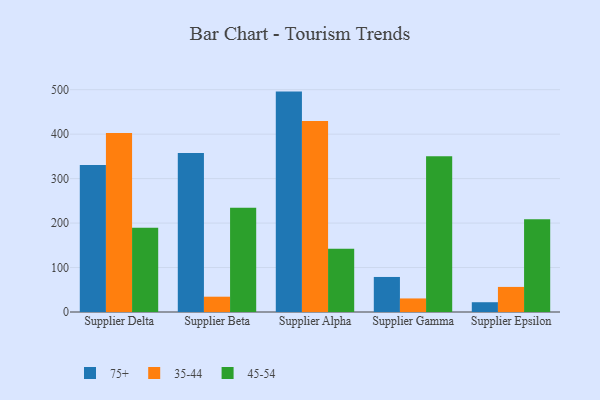
{"axis": {"x": "Supplier", "y": "Active Users"}, "legend": ["35-44", "45-54", "75+"], "data": [{"x": "Supplier Delta", "y": 330.8, "type": "75+"}, {"x": "Supplier Delta", "y": 402.8, "type": "35-44"}, {"x": "Supplier Delta", "y": 189.4, "type": "45-54"}, {"x": "Supplier Beta", "y": 357.7, "type": "75+"}, {"x": "Supplier Beta", "y": 34.4, "type": "35-44"}, {"x": "Supplier Beta", "y": 234.7, "type": "45-54"}, {"x": "Supplier Alpha", "y": 495.7, "type": "75+"}, {"x": "Supplier Alpha", "y": 429.4, "type": "35-44"}, {"x": "Supplier Alpha", "y": 142.0, "type": "45-54"}, {"x": "Supplier Gamma", "y": 78.8, "type": "75+"}, {"x": "Supplier Gamma", "y": 30.5, "type": "35-44"}, {"x": "Supplier Gamma", "y": 350.5, "type": "45-54"}, {"x": "Supplier Epsilon", "y": 22.0, "type": "75+"}, {"x": "Supplier Epsilon", "y": 56.4, "type": "35-44"}, {"x": "Supplier Epsilon", "y": 208.5, "type": "45-54"}]}